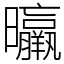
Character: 㬯